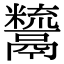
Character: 𩱙